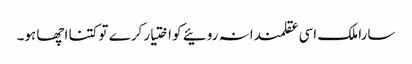
سارا ملک اسی عقلمندانہ روئیے کو اختیار کرے تو کتنا اچھا ہو۔